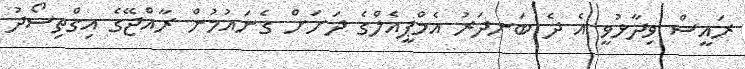
ރައީސް ވިދާޅުވީ އެ ދެ ބަނދަރު އެމްޕީއެލްގެ ދަށަށް ގެނައުމުން ރާއްޖޭގެ އިގްތިސޯދު